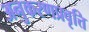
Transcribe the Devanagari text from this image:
अनुकरणप्रवृत्ति